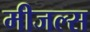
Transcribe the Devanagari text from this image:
मीजल्स